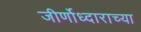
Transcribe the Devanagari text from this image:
जीर्णोध्दाराच्या